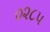
૦૨૮૫